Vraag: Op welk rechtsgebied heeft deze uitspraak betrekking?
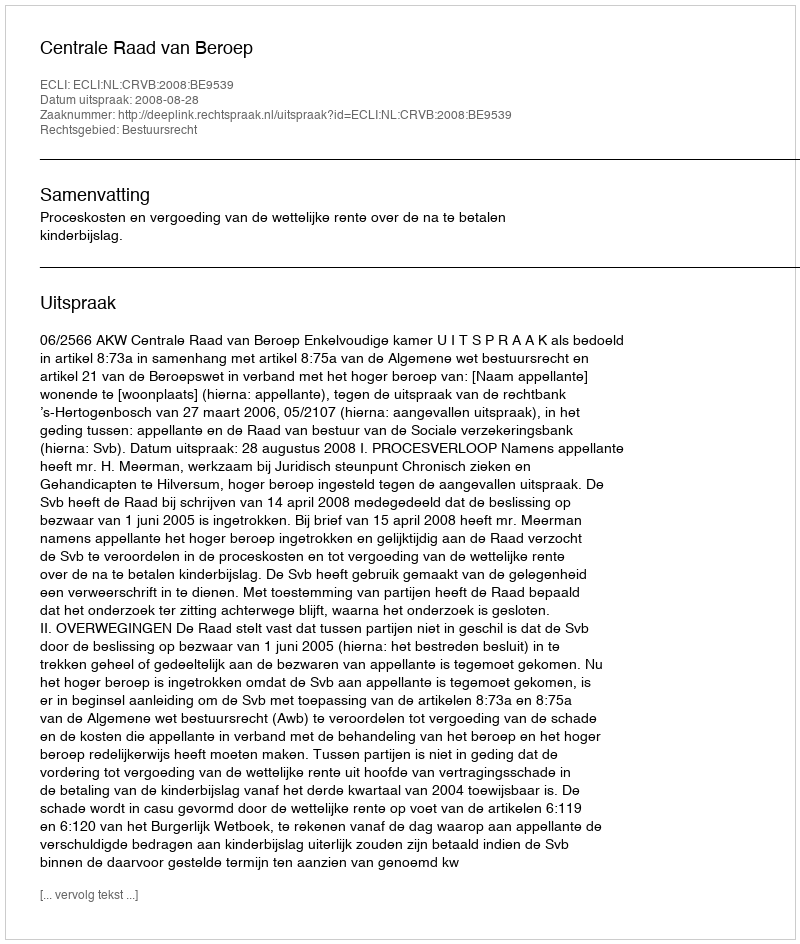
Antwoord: Bestuursrecht